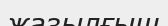
жазылғыш